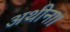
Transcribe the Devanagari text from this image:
अथीना।